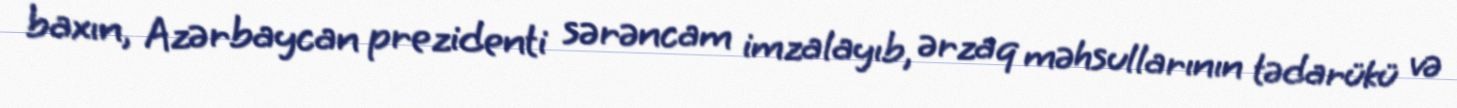
baxın, Azərbaycan prezidenti sərəncam imzalayıb, ərzaq məhsullarının tədarükü və